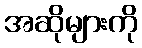
အဆိုများကို